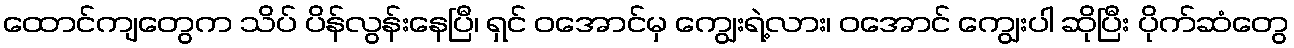
ထောင်ကျတွေက သိပ် ပိန်လွန်းနေပြီ၊ ရှင် ဝအောင်မှ ကျွေးရဲ့လား၊ ဝအောင် ကျွေးပါ ဆိုပြီး ပိုက်ဆံတွေ